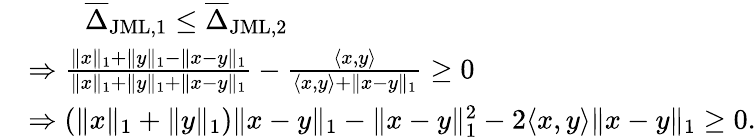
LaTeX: \begin{array}{rl}&{\qquad\overline{{\Delta}}_{\mathrm{JML,1}}\leq\overline{{\Delta}}_{\mathrm{JML,2}}}\\ &{\Rightarrow\frac{\| x\| _{1}+\| y\| _{1}-\| x-y\| _{1}}{\| x\| _{1}+\| y\| _{1}+\| x-y\| _{1}}-\frac{\langle x,y\rangle}{\langle x,y\rangle+\| x-y\| _{1}}\geq 0}\\ &{\Rightarrow(\| x\| _{1}+\| y\| _{1})\| x-y\| _{1}-\| x-y\| _{1}^{2}-2\langle x,y\rangle\| x-y\| _{1}\geq 0.}\end{array}